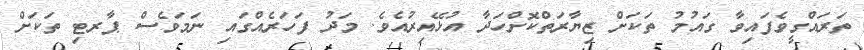
ތަރައްގީވެފައިވާ ގައުމު ތަކަށް ޒިޔާރަތްކޮށްހަދާ އުޅޭއިރުއެވެ. މަދު ފަހަރެއްގައި ނަމަވެސް ޕާރޓި ތަކަށް